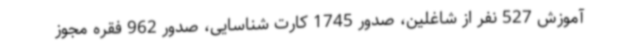
آموزش 527 نفر از شاغلین، صدور 1745 کارت شناسایی، صدور 962 فقره مجوز